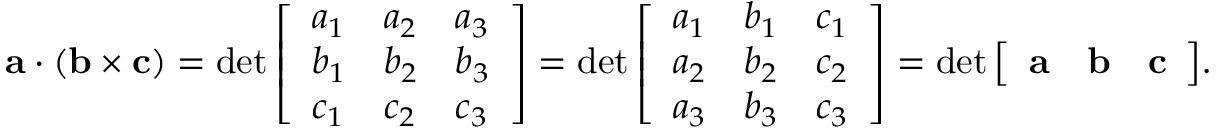
\mathbf { a } \cdot ( \mathbf { b } \times \mathbf { c } ) = \operatorname* { d e t } { \left[ \begin{array} { l l l } { a _ { 1 } } & { a _ { 2 } } & { a _ { 3 } } \\ { b _ { 1 } } & { b _ { 2 } } & { b _ { 3 } } \\ { c _ { 1 } } & { c _ { 2 } } & { c _ { 3 } } \end{array} \right] } = \operatorname* { d e t } { \left[ \begin{array} { l l l } { a _ { 1 } } & { b _ { 1 } } & { c _ { 1 } } \\ { a _ { 2 } } & { b _ { 2 } } & { c _ { 2 } } \\ { a _ { 3 } } & { b _ { 3 } } & { c _ { 3 } } \end{array} \right] } = \operatorname* { d e t } { \left[ \begin{array} { l l l } { \mathbf { a } } & { \mathbf { b } } & { \mathbf { c } } \end{array} \right] } .